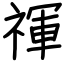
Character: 禈